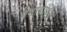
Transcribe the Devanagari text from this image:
मनोवांक्षित